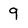
Character: 9